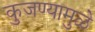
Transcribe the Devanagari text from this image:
कुजण्यामुळे